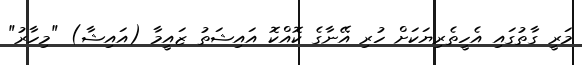
މަރީ ގާތުގައި އެހީތެރިޔަކަށް ހުރި އޭނާގެ ކޮއްކޮ އައިޝަތު ޒައީމާ (އައިޝާ) "މިހާރު"